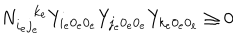
LaTeX: N _ { i _ { e } j _ { e } } ^ { k _ { e } } Y _ { i _ { e } 0 _ { e } 0 _ { e } } Y _ { j _ { e } 0 _ { e } 0 _ { e } } Y _ { k _ { e } 0 _ { e } 0 _ { e } } \geq 0